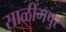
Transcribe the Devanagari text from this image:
साळींगपुर